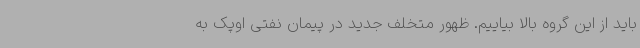
باید از این گروه بالا بیاییم. ظهور متخلف جدید در پیمان نفتی اوپک به